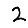
Digit: 2